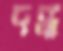
দদ্ধ